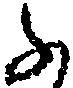
ふ